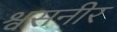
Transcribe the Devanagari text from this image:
श्वसनीर